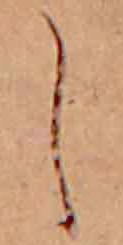
し